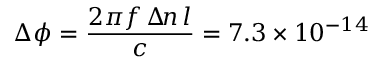
\Delta \phi = \frac { 2 \pi f \, \Delta \! n \, l } c = 7 . 3 \times 1 0 ^ { - 1 4 }